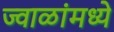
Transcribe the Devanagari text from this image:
ज्वाळांमध्ये